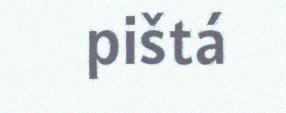
pištá